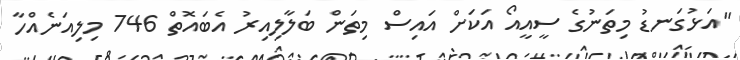
"އަޅުގަނޑު މިތަނުގެ ސީއީއޯ އަކަށް އައިސް މިތަން ބަލާލިއިރު އެބައޮތް 746 މިލިއަނެއްހާ